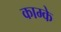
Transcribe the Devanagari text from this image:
काम्के